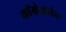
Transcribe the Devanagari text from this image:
काँग्रेसमेन